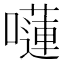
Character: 𡂴